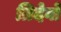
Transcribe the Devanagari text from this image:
त्रिदेवो